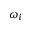
\omega _ { i }